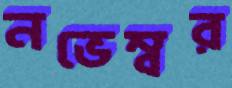
নভেম্বর